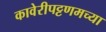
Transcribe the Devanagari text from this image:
कावेरीपट्टणमच्या